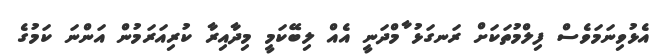
އެޅުވިނަމަވެސް ފިލްމުތަކަށް ރަނގަޅު ާމްދަނީ އެއް ލިބޭކަމީ މިދާއިރާ ކުރިއަރަމުން އަންނަ ކަމުގެ